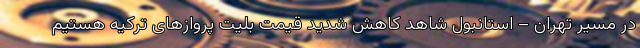
در مسیر تهران – استانبول شاهد کاهش شدید قیمت بلیت پروازهای ترکیه هستیم